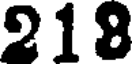
218